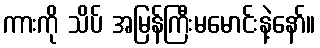
ကားကို သိပ် အမြန်ကြီးမမောင်းနဲ့နော်။